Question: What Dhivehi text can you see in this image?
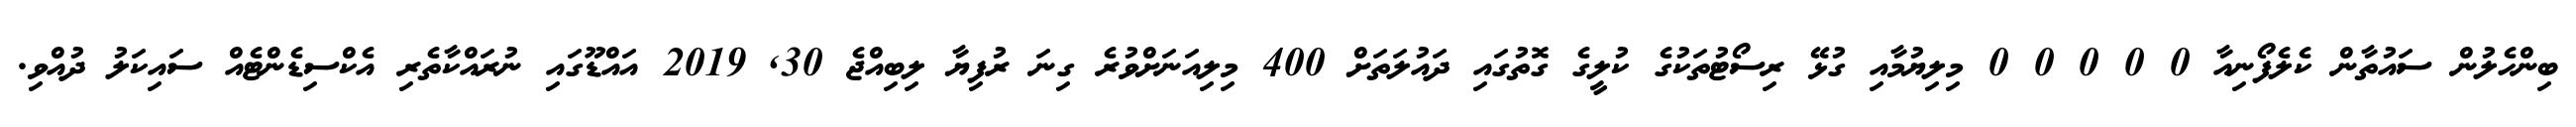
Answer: ބިންހެލުން ސައުތާން ކެލެފޯނިއާ 0 0 0 0 0 މިލިޔުމާއި ގުޅޭ ރިސޯޓުތަކުގެ ކުލީގެ ގޮތުގައި ދައުލަތަށް 400 މިލިއަނަށްވުރެ ގިނަ ރުފިޔާ ލިބިއްޖެ 30, 2019 އައްޑޫގައި ނުރައްކާތެރި އެކްސިޑެންޓެއް ސައިކަލު ދުއްވި.